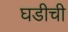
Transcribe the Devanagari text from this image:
घडीची